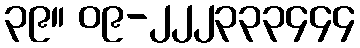
၃၉။ ၀၉-၂၂၂၃၃၃၄၄၄